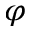
\varphi